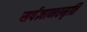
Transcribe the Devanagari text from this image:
सर्पज्ञानस्मृति